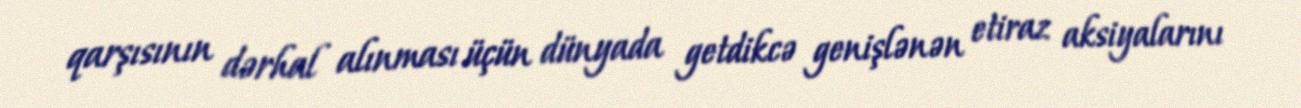
qarşısının dərhal alınması üçün dünyada getdikcə genişlənən etiraz aksiyalarını